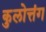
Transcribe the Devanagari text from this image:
कुलोत्तंग